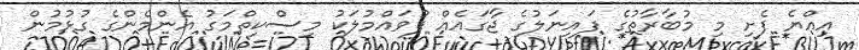
އިއްޔެ ފެށި މި މުބާރާތުގެ ފައިނަލުގެ ޖާގައެއް ފުވައްމުލަކު މިސްކިތްމަގު އެންމެންގެ ގުޅުމުން